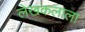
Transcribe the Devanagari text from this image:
लेखकलाला